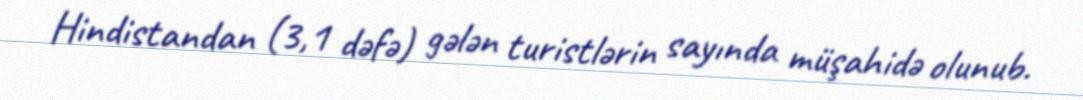
Hindistandan (3,1 dəfə) gələn turistlərin sayında müşahidə olunub.